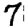
Digit: 7